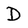
Character: D